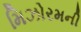
મિઝોરમની